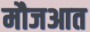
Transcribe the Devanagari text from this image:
मौजआत